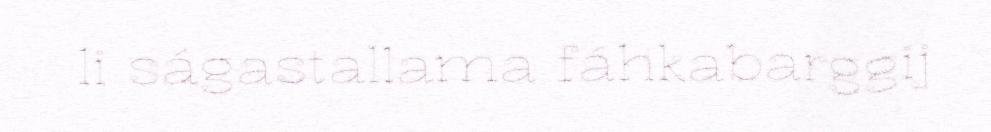
li ságastallama fáhkabarggij